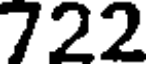
722